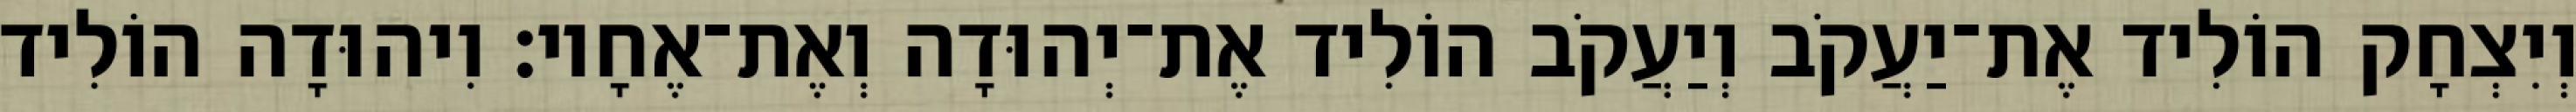
וְיִצְחָק הוֹלִיד אֶת־יַעֲקֹב וְיַעֲקֹב הוֹלִיד אֶת־יְהוּדָה וְאֶת־אֶחָיו׃ וִיהוּדָה הוֹלִיד